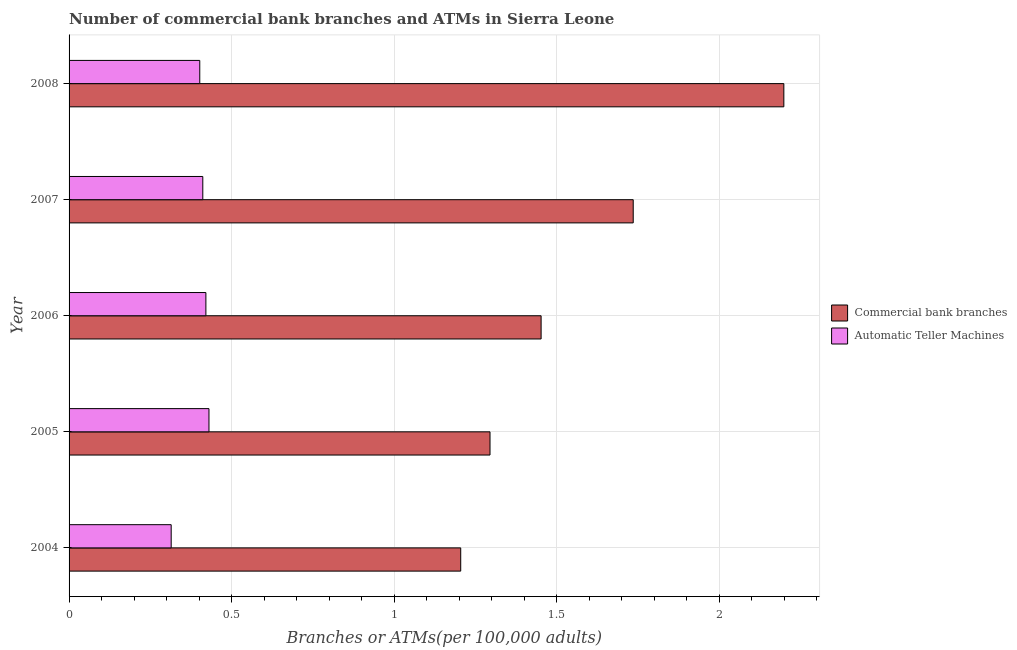
| Year | Commercial bank branches | Automatic Teller Machines |
 | --- | --- | --- |
 | 2004 | 1.2 | 0.314 |
 | 2005 | 1.29 | 0.43 |
 | 2006 | 1.45 | 0.421 |
 | 2007 | 1.73 | 0.411 |
 | 2008 | 2.2 | 0.402 |